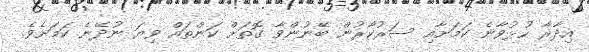
އިދާރާ ހުޅުވާނެ ކަމަށާއި ސަރުކާރުން ބޭނުންވާ ގޮތަށް ކަންތައް ވިޔަ ނުދޭނެ ކަމަށެވެ.